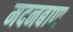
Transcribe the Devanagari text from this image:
मदनबाण